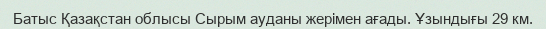
Батыс Қазақстан облысы Сырым ауданы жерімен ағады. Ұзындығы 29 км.